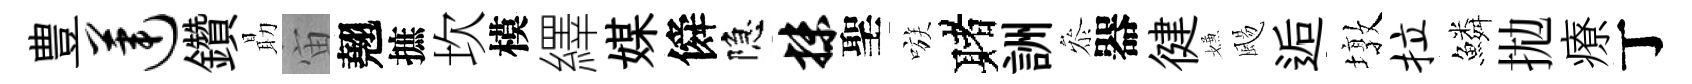
豊莲鑽朂宙翹摭坎模繹媒僢隐抹聖嗾赌詶叅器徤嫌颺逅墩拉鱗拋療丁